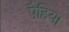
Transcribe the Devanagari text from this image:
पैहिया